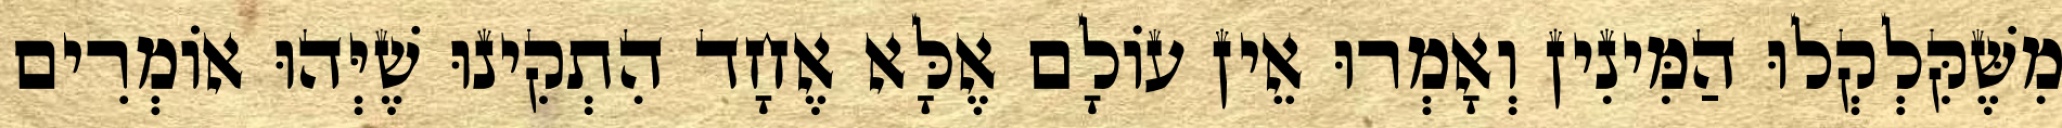
מִשֶּׁקִּלְקְלוּ הַמִּינִין וְאָמְרוּ אֵין עוֹלָם אֶלָּא אֶחָד הִתְקִינוּ שֶׁיְּהוּ אוֹמְרִים